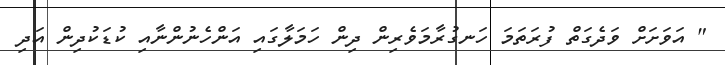
" އަވަށަށް ވަދެގަތް ފުރަތަމަ ހަނގުރާމަވެރިން ދިން ހަމަލާގައި އަންހެނުންނާއި ކުޑަކުދިން އަދި